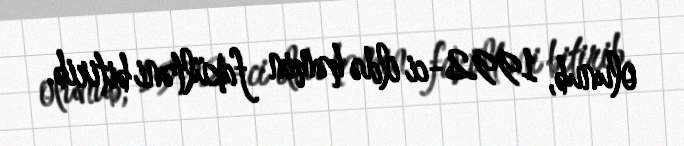
olunub, 1992-ci ildə həmin fakültəni bitirib.